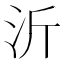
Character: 沂